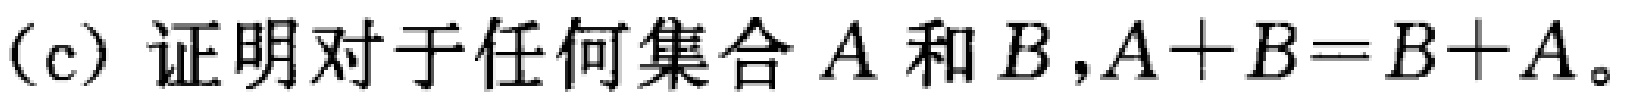
(c) 证明对于任何集合 \(A\) 和 \(B\)，\(A + B = B + A\)。